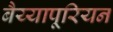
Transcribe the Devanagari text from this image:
बैय्यापूरियन